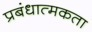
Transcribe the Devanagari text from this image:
प्रबंधात्मकता